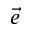
\vec { e }